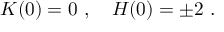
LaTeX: K ( 0 ) = 0 \ , \quad H ( 0 ) = \pm 2 \ .